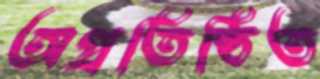
অপ্রতিষ্ঠিত